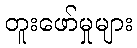
တူးဖော်မှုများ